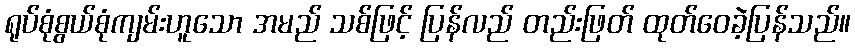
ရုပ်စုံစွယ်စုံကျမ်းဟူသော အမည် သစ်ဖြင့် ပြန်လည် တည်းဖြတ် ထုတ်ဝေခဲ့ပြန်သည်။